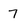
Character: 7